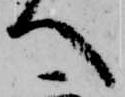
へ